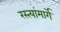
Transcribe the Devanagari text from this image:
रस्त्यांमार्गे